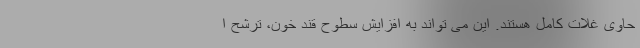
حاوی غلات کامل هستند. این می تواند به افزایش سطوح قند خون، ترشح ا